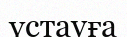
үстауға